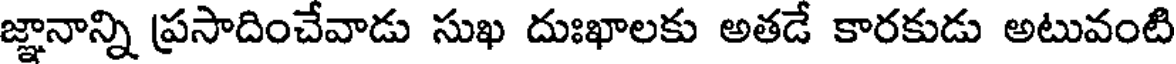
జ్ఞానాన్ని ప్రసాదించేవాడు సుఖ దుఃఖాలకు అతడే కారకుడు అటువంటి